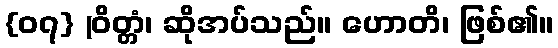
{၀၇} (ဝိတ္တံ၊ ဆိုအပ်သည်။ ဟောတိ၊ ဖြစ်၏။